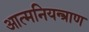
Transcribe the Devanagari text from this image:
आत्मनियन्त्राण